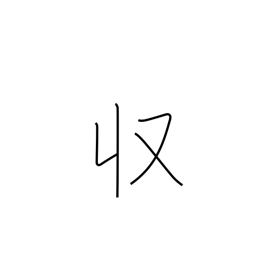
Meaning: income